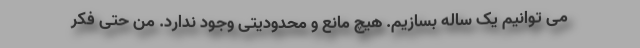
می توانیم یک ساله بسازیم. هیچ مانع و محدودیتی وجود ندارد. من حتی فکر